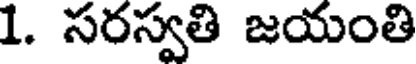
1. సరస్వతి జయంతి